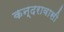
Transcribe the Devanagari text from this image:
कन्दरावासी